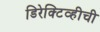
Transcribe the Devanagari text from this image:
डिरेक्टिव्हीची